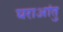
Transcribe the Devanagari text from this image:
घराआंतु